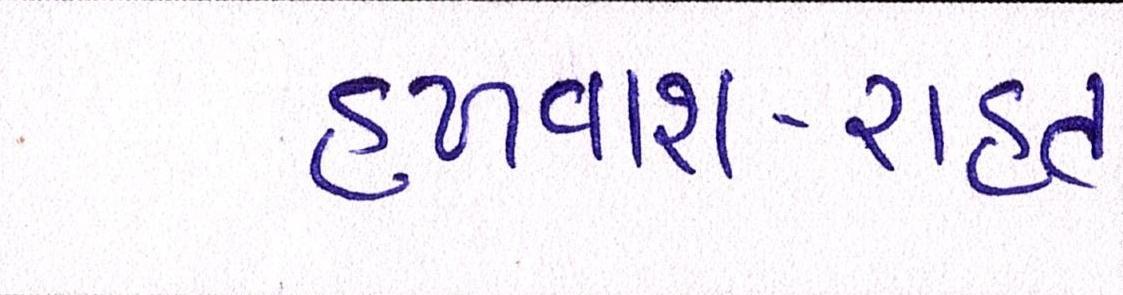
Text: હળવાશ-રાહત